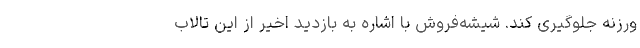
ورزنه جلوگیری کند. شیشه‌فروش با اشاره به بازدید اخیر از این تالاب